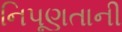
નિપૂણતાની